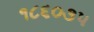
૧૮૬૦૩૫